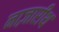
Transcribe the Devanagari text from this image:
नाज़ारीथ